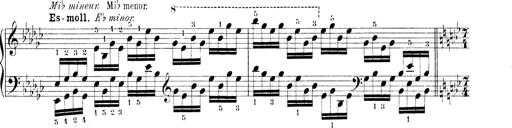
Title: Technische Studien
Composer: Franz Liszt